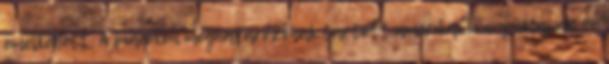
emelkedett. A piacokon meghatározónak tartott amerikai könnyűolaj az év